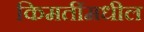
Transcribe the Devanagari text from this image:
किमतींमधील